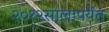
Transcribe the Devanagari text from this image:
२०१२सालापर्यंत